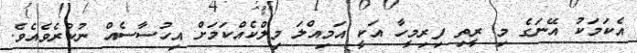
އެކަމަކު އޭނަގެ މި ރީތި ފިރިމީހާ އަކީ އަމިއްލަ މިލްކެއްކަމަށް އިހުސާސެއް ނުކުރެވެއެވެ.